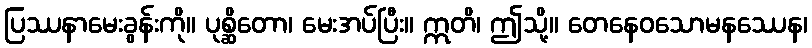
ပြဿနာမေးခွန်းကို။ ပုစ္ဆိတော၊ မေးအပ်ပြီး။ ဣတိ၊ ဤသို့။ တေနေဝသောမနဿေန၊